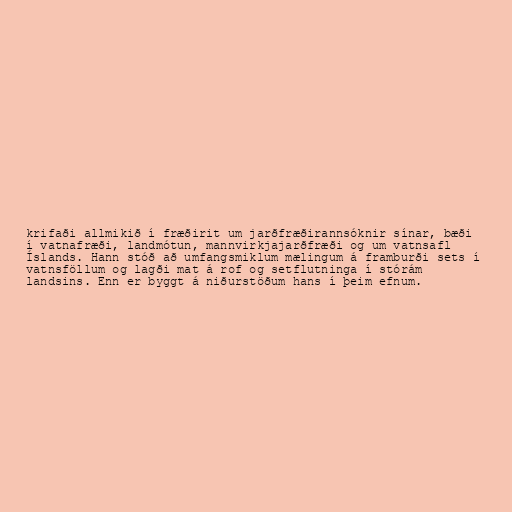
krifaði allmikið í fræðirit um jarðfræðirannsóknir sínar, bæði
í vatnafræði, landmótun, mannvirkjajarðfræði og um vatnsafl
Íslands. Hann stóð að umfangsmiklum mælingum á framburði sets í
vatnsföllum og lagði mat á rof og setflutninga í stórám
landsins. Enn er byggt á niðurstöðum hans í þeim efnum.